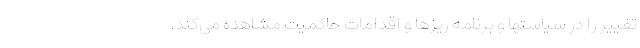
تغییر را در سیاستها و برنامه ­ریز­ها و اقدامات حاکمیت مشاهده می­کند.